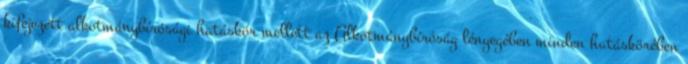
kifejezett alkotmánybírósági hatáskör mellett az Alkotmánybíróság lényegében minden hatáskörében